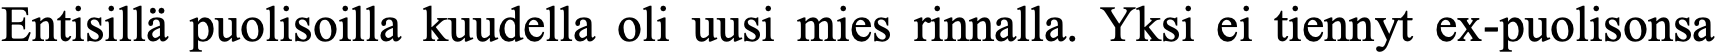
Entisillä puolisoilla kuudella oli uusi mies rinnalla. Yksi ei tiennyt ex-puolisonsa